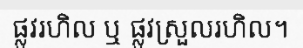
ផ្លូវរហិល ឬ ផ្លូវស្រួលរហិល។